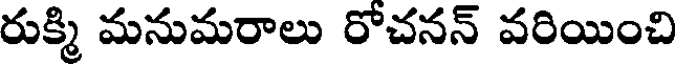
రుక్మి మనుమరాలు రోచనన్ వరియించి